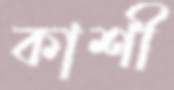
কাশী